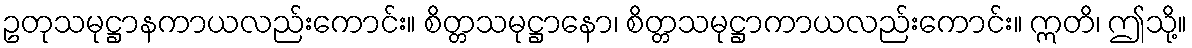
ဥတုသမုဋ္ဌာနကာယလည်းကောင်း။ စိတ္တသမုဋ္ဌာနော၊ စိတ္တသမုဋ္ဌာကာယလည်းကောင်း။ ဣတိ၊ ဤသို့။